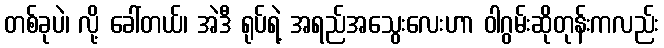
တစ်ခုပဲ၊ လို့ ခေါ်တယ်၊ အဲဒီ ရုပ်ရဲ့ အရည်အသွေးလေးဟာ ဝါဂွမ်းဆိုတုန်းကလည်း